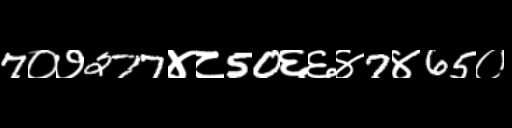
Text: 7०७277४८50६६४7४65०